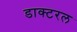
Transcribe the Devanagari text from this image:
डाक्टरल